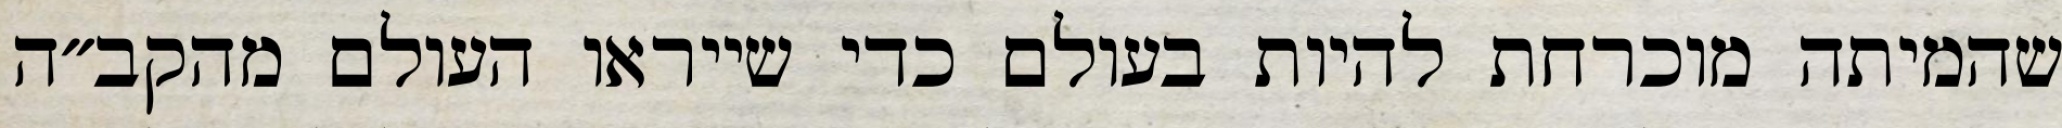
שהמיתה מוכרחת להיות בעולם כדי שייראו העולם מהקב״ה